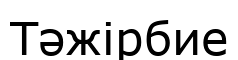
Тәжірбие